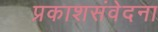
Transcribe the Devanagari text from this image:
प्रकाशसंवेदना